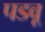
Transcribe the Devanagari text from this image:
पडवू